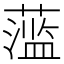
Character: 𬞫